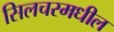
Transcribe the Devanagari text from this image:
सिलचरमधील